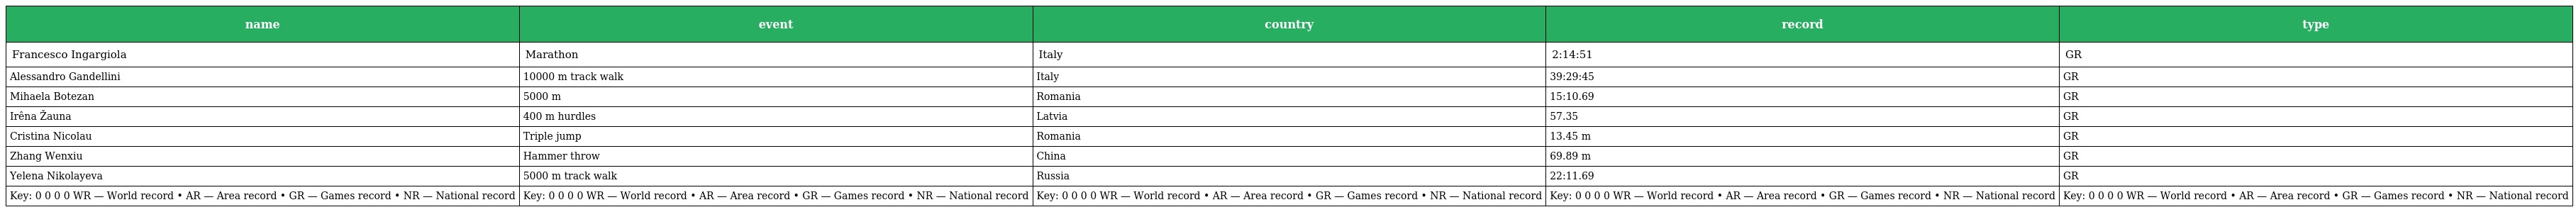
| name | event | country | record | type |
 | --- | --- | --- | --- | --- |
 | Francesco Ingargiola | Marathon | Italy | 2:14:51 | GR |
 | Alessandro Gandellini | 10000 m track walk | Italy | 39:29:45 | GR |
 | Mihaela Botezan | 5000 m | Romania | 15:10.69 | GR |
 | Irêna Žauna | 400 m hurdles | Latvia | 57.35 | GR |
 | Cristina Nicolau | Triple jump | Romania | 13.45 m | GR |
 | Zhang Wenxiu | Hammer throw | China | 69.89 m | GR |
 | Yelena Nikolayeva | 5000 m track walk | Russia | 22:11.69 | GR |
 | Key: 0 0 0 0 WR — World record • AR — Area record • GR — Games record • NR — National record | Key: 0 0 0 0 WR — World record • AR — Area record • GR — Games record • NR — National record | Key: 0 0 0 0 WR — World record • AR — Area record • GR — Games record • NR — National record | Key: 0 0 0 0 WR — World record • AR — Area record • GR — Games record • NR — National record | Key: 0 0 0 0 WR — World record • AR — Area record • GR — Games record • NR — National record |